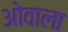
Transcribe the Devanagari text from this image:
ओवाला